system: You are a helpful assistant.
user:
Analyze the provided spectrum to determine if it is a **M-type Giant (gM)**.

A M-type Giant spectrum is defined by its **strong molecular absorption** features, particularly from **Titanium Oxide (TiO)**. You must check for one of the following mutually exclusive signatures:

- **Key Visual Indicators (Absorption-Dominated Spectrum):**

    - **(Primary):** The spectrum is dominated by strong molecular absorption from **Titanium Oxide (TiO)**. This is the **defining feature** of its M-type temperature class.
        - **(Key Bandheads):** Look for sharp, "saw-tooth" absorption valleys. The strongest are located near **~7050 Å**, **~6160 Å**, and **~5170 Å**.
        - **(Line Profile):** The "saw-tooth" morphology is critical: a **sharp, steep drop on the BLUE (short-wavelength) side** of the bandhead, followed by a gradual recovery (rising flux) towards the RED (long-wavelength) side.

    - **(Key Confirmation - Giant vs. Dwarf):** **ABSENCE** of strong **Calcium Hydride (CaH)** molecular bands. This is the primary diagnostic for *excluding* M-dwarfs.
        - **(Key Region):** The spectrum should lack the strong, broad absorption band seen in dwarfs between **~6800 Å and ~7000 Å**.

    - **(Secondary Confirmation - Giant):** A very strong and broad **Neutral Calcium (Ca I)** atomic absorption line.
        - **(Key Line):** Located at **~4226 Å**. In a giant (gM), this line is significantly deeper and broader than the same line in an M-dwarf (dM) due to low surface gravity.

    - **(Overall Spectrum):**
        - The continuum is **extremely red-sloping** (i.e., flux is very low in the blue and rises dramatically towards the red).
        - The entire spectrum appears "chopped up" by the deep TiO bands.

Think first, call **spectral_visualization_tool** if needed to examine features in detail, then provide your final answer. Your response must adhere to the following strict rules:
1.  **Overall Structure:** Your response must follow the format `<think>...</think> <tool_call>...</tool_call> (if a tool is used) <answer>...</answer>`.
2.  **Tool Usage Constraint:** You may only make **one** tool call per turn.
3.  **Final Answer Format:** In the `<answer>` tag, your conclusion must be inside a `\boxed{}` command (e.g., `\boxed{YES}` or `\boxed{NO}`), followed by your justification.

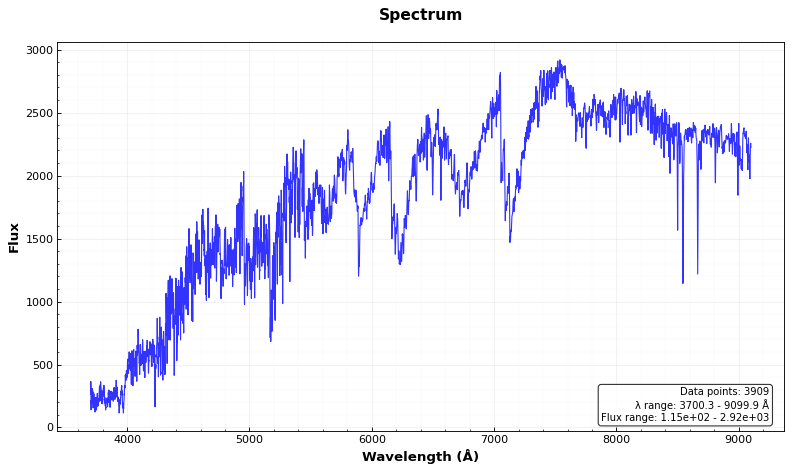
Answer: YES